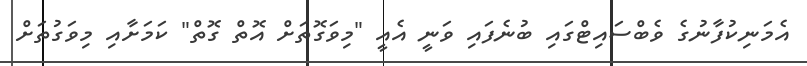
އެމަނިކުފާނުގެ ވެބްސައިޓްގައި ބުނެފައި ވަނީ އެއީ "މިވަގޮތަށް އޮތް ގޮތް" ކަމަށާއި މިވަގުތަށް